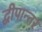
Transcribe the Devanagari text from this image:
द्वीपान्तर